Vaccination in Burma 1889-1999 - 1889-1999
Year: 1889
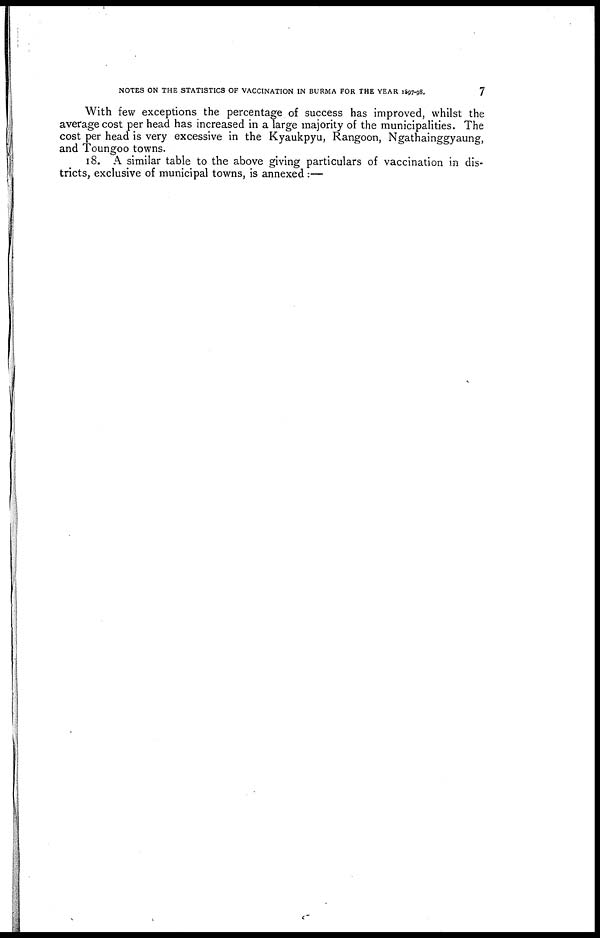
NOTES ON THE STATISTICS OF VACCINATION IN BURMA FOR THE YEAR 1897-98.
7
With few exceptions the percentage of success has improved, whilst the
average cost per head has increased in a large majority of the municipalities. The
cost per head is very excessive in the Kyaukpyu, Rangoon, Ngathainggyaung,
and Toungoo towns.
18. A similar table to the above giving particulars of vaccination in dis-
tricts, exclusive of municipal towns, is annexed :—